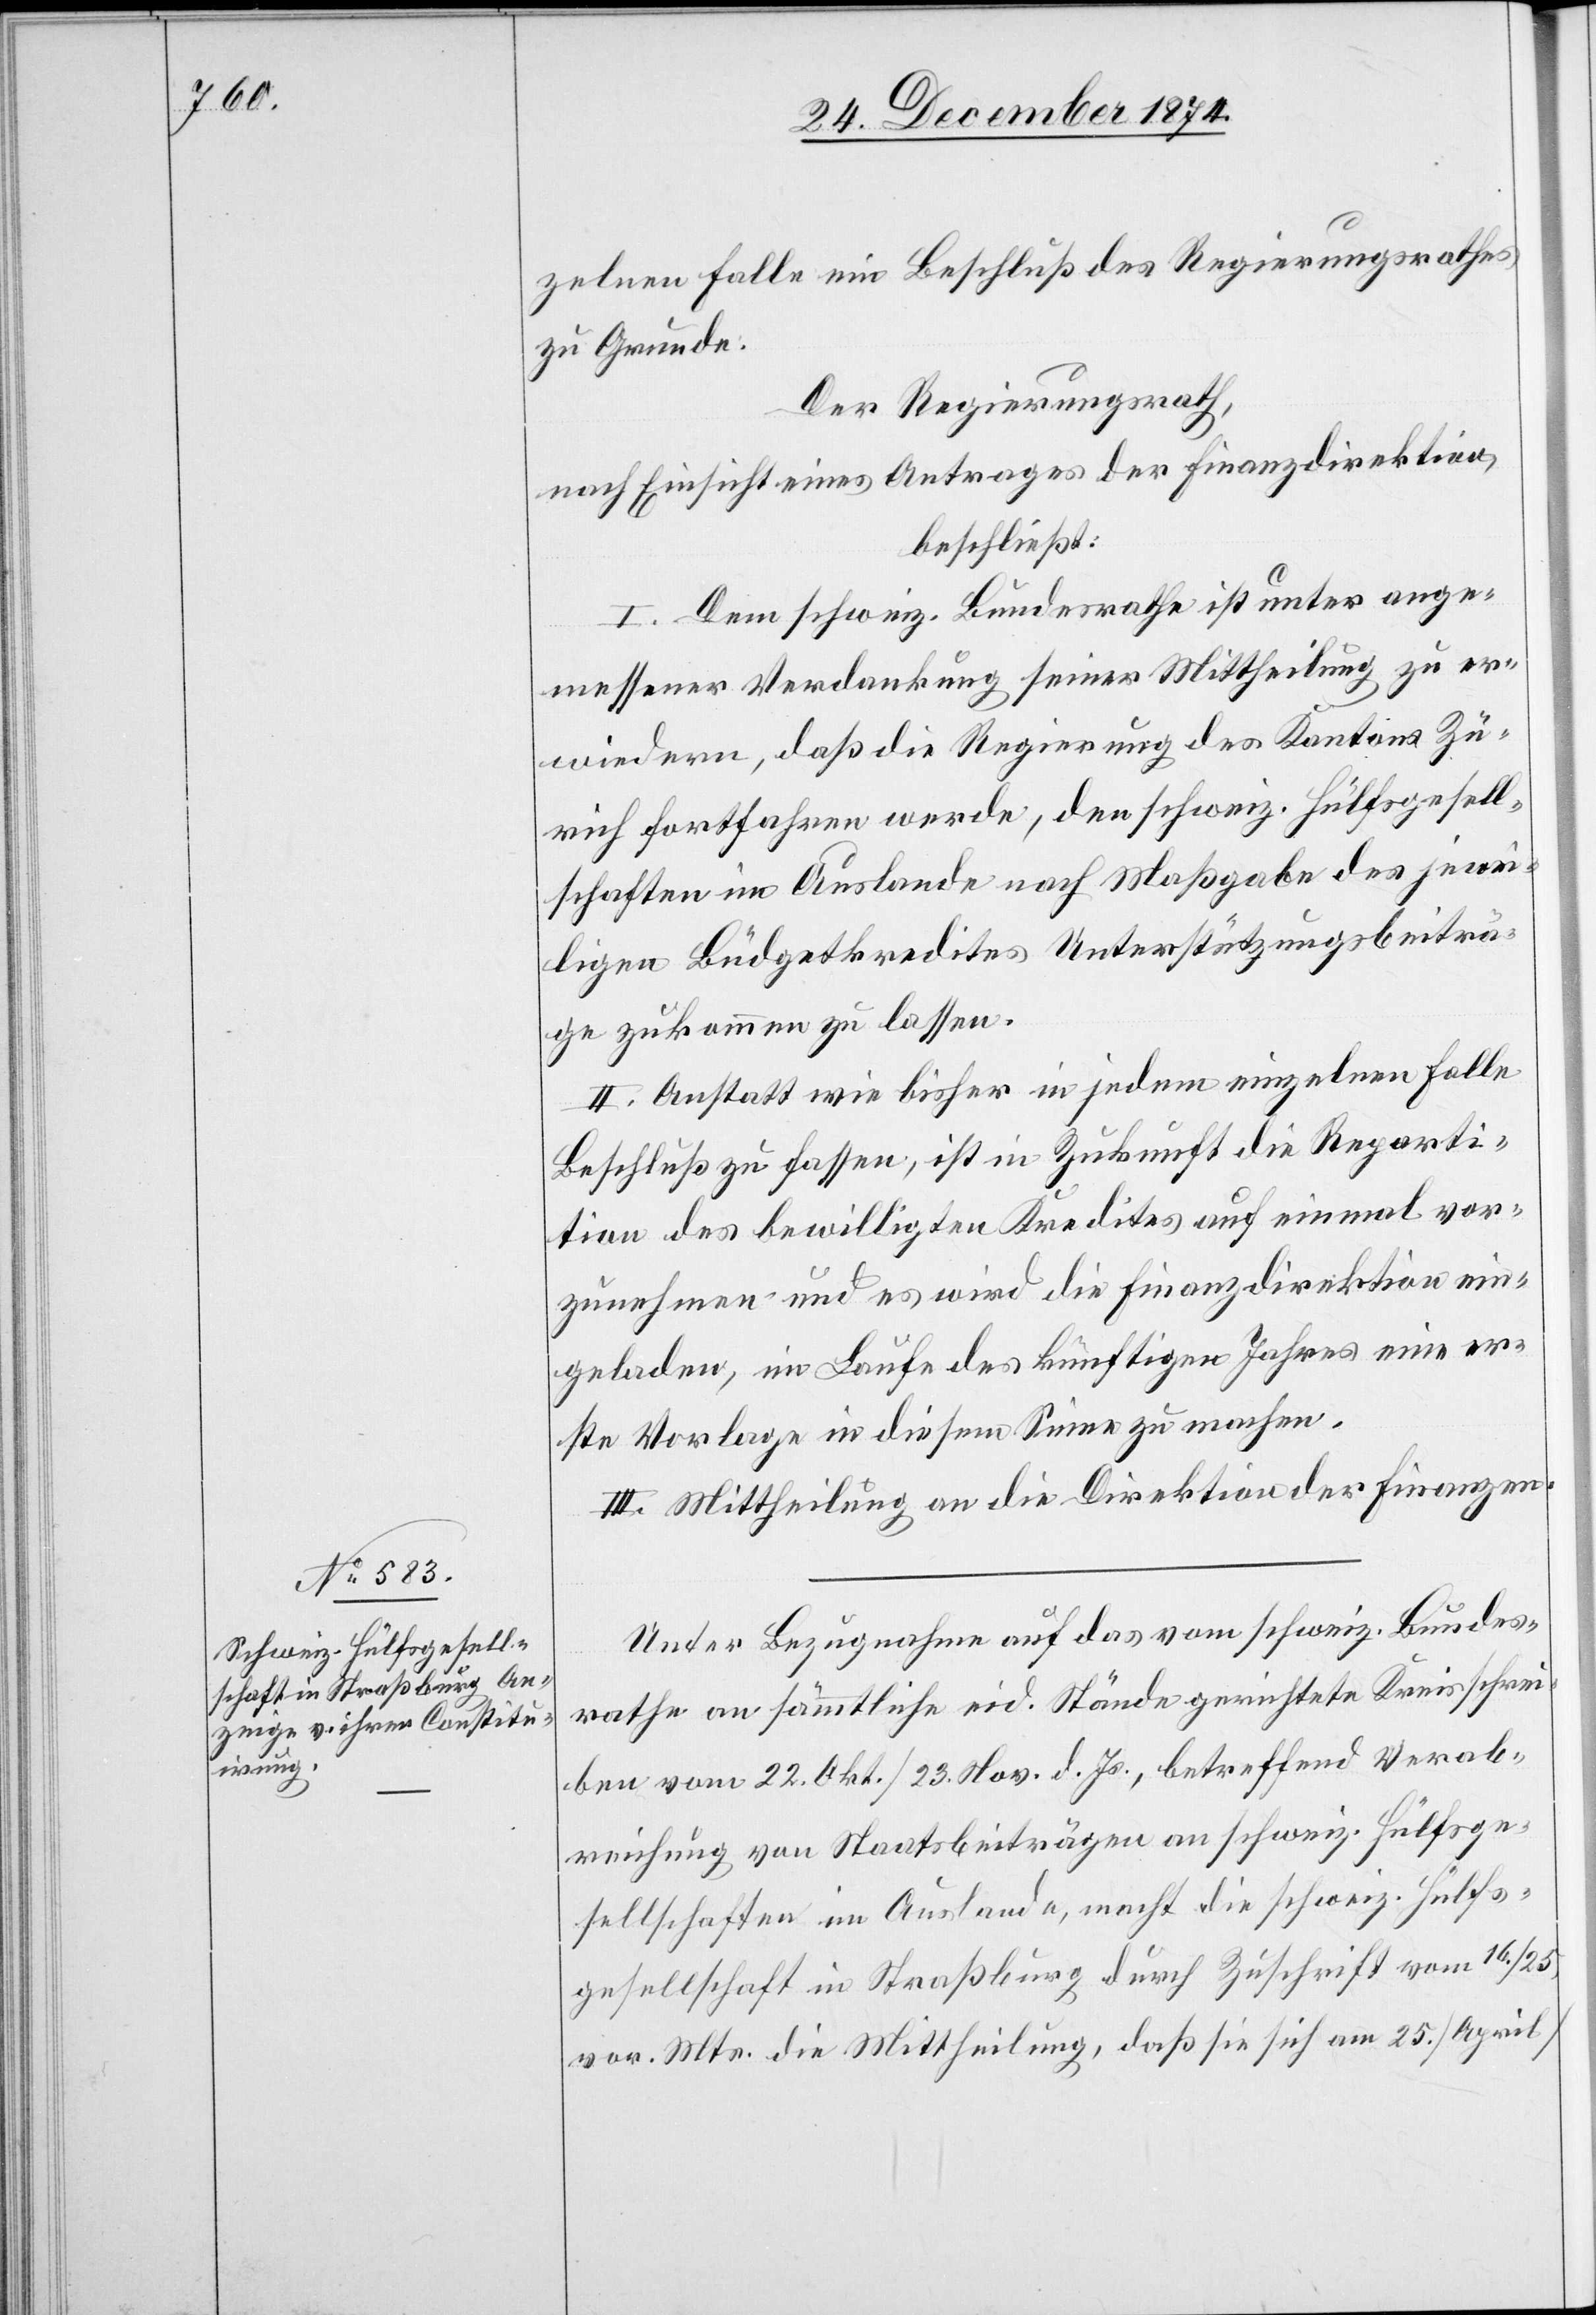
zelnen Falle ein Beschluß des Regierungsrathes
zu Grunde.
Der Regierungsrath,
nach Einsicht eines Antrages der Finanzdirektion,
beschließt:
I. Dem schweiz. Bundesrathe ist unter ange¬
messener Verdankung seiner Mittheilung zu er¬
wiedern, daß die Regierung des Kantons Zü¬
rich fortfahren werde, den schweiz. Hülfsgesell¬
schaften im Auslande nach Maßgabe des jewei¬
ligen Büdgetkredites Unterstützungsbeiträ¬
ge zukommen zu lassen.
II. Anstatt wie bisher in jedem einzelnen Falle
Beschluß zu fassen, ist in Zukunft die Reparti¬
tion des bewilligten Kredites auf einmal vor¬
zunehmen und es wird die Finanzdirektion ein¬
geladen, im Laufe des künftigen Jahres eine er¬
ste Vorlage in diesem Sinne zu machen.
III. Mittheilung an die Direktion der Finanzen.
Unter Bezugnahme auf das vom schweiz. Bundes¬
rathe an sämmtliche eid. Stände gerichtete Kreisschrei¬
ben vom 22. Okt./23. Nov. d. Js., betreffend Verab¬
reichung von Staatsbeiträgen an schweiz. Hülfsge¬
sellschaften im Auslande, macht die schweiz. Hülfs¬
gesellschaft in Straßburg durch Zuschrift vom 16./25.
vor. Mts. die Mittheilung, daß sie sich am 25. [April]